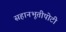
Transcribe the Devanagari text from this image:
सहानभूतीपोटी